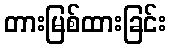
တားမြစ်ထားခြင်း